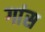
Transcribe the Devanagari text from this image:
गांस